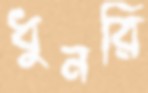
ধুনরি